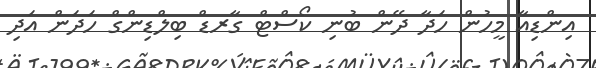
އިންޑިއާ މީހުން ހަދާ ދޭން ބުނި ކޯސްޓް ގާރޑް ބިލްޑިންގް ހަދަން އަދި